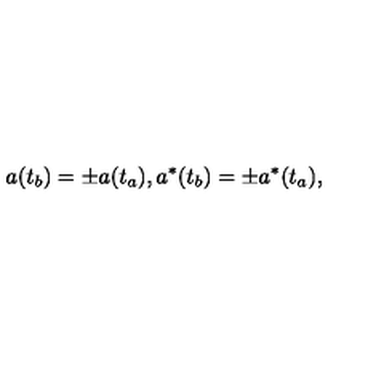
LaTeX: a ( t _ { b } ) = \pm a ( t _ { a } ) , a ^ { * } ( t _ { b } ) = \pm a ^ { * } ( t _ { a } ) ,